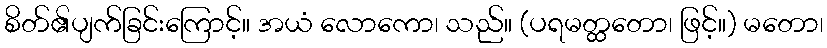
စိတ်၏ပျက်ခြင်းကြောင့်။ အယံ လောကော၊ သည်။ (ပရမတ္ထတော၊ ဖြင့်။) မတော၊